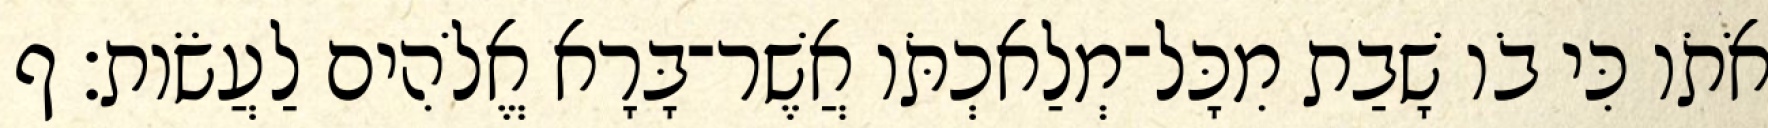
אֹתֹו כִּי בֹו שָׁבַת מִכָּל־מְלַאכְתֹּו אֲשֶׁר־בָּרָא אֱלֹהִים לַעֲשֹׂות׃ ף